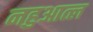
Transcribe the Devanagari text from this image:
नहुआत्ल